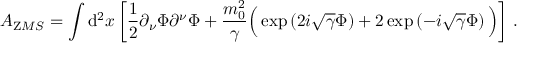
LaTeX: { \cal A } _ { \mathrm Z M S } = \int { \mathrm d } ^ { 2 } x \left[ \frac { 1 } { 2 } \partial _ { \nu } \Phi \partial ^ { \nu } \Phi + \frac { m _ { 0 } ^ { 2 } } { \gamma } \Big ( \exp \left( 2 i \sqrt { \gamma } \Phi \right) + 2 \exp \left( - i \sqrt { \gamma } \Phi \right) \Big ) \right] \, .